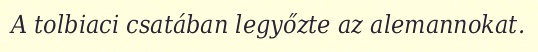
A tolbiaci csatában legyőzte az alemannokat.